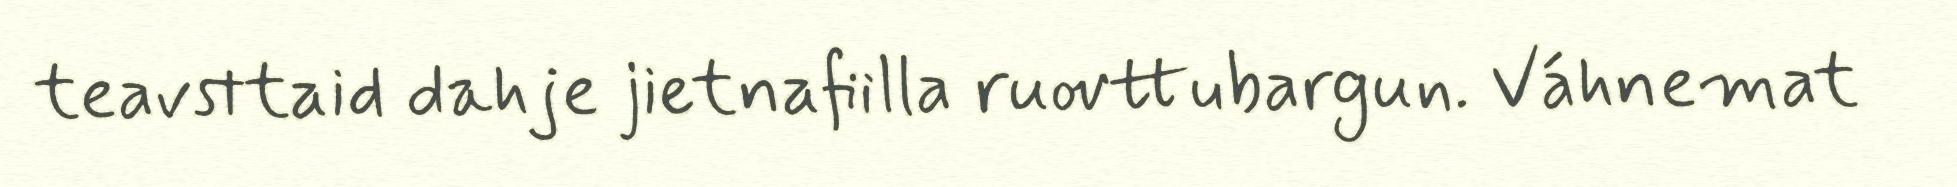
teavsttaid dahje jietnafiilla ruovttubargun. Váhnemat